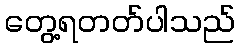
တွေ့ရတတ်ပါသည်